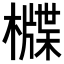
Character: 𣛻